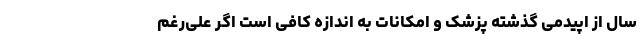
سال از اپیدمی گذشته پزشک و امکانات به اندازه کافی است اگر علی‌رغم